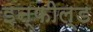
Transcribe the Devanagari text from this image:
इन्फील्ड